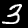
Digit: 3